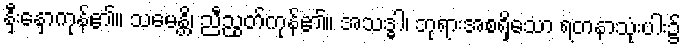
နှီးနှောကုန်၏။ သမေန္တိ၊ ညီညွတ်ကုန်၏။ အသဒ္ဓါ၊ ဘုရားအစရှိသော ရတနာသုံးပါး၌